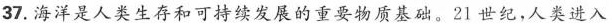
37.海洋是人类生存和可持续发展的重要物质基础。21世纪，人类进入